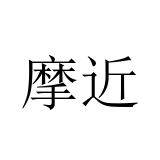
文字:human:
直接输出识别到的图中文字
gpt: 摩近